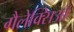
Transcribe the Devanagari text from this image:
गैलेक्सिआँ